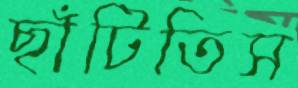
ছাঁটিতিস